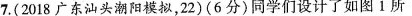
7.(2018广东汕头潮阳模拟，22)(6分)同学们设计了如图1所